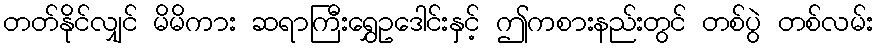
တတ်နိုင်လျှင် မိမိကား ဆရာကြီးရွှေဥဒေါင်းနှင့် ဤကစားနည်းတွင် တစ်ပွဲ တစ်လမ်း